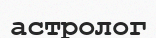
астролог